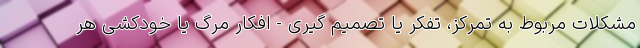
مشکلات مربوط به تمرکز، تفکر یا تصمیم گیری - افکار مرگ یا خودکشی هر